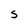
Character: S